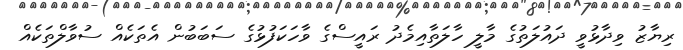
ރިޔާޒު ވިދާޅުވީ ދައުލަތުގެ މާލީ ހާލަތާއިމެދު ރައީސްގެ ވާހަކަފުޅުގެ ސަބަބުން އެތަކެއް ސުވާލްތަކެއް